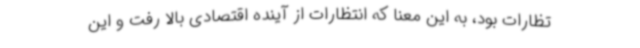
تظارات بود، به این معنا که انتظارات از آینده اقتصادی بالا رفت و این